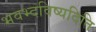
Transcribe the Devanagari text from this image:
भवभ्दविष्यदिति